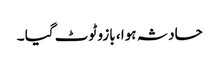
حادثہ ہوا ، بازو ٹوٹ گیا ۔